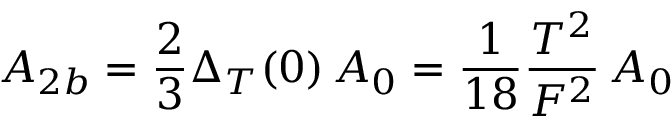
A _ { 2 b } = \frac { 2 } { 3 } \Delta _ { T } ( 0 ) \, A _ { 0 } = \frac { 1 } { 1 8 } \frac { T ^ { 2 } } { F ^ { 2 } } \, A _ { 0 }